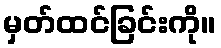
မှတ်ထင်ခြင်းကို။